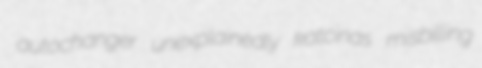
autochanger unexplainedly katcinas misbilling